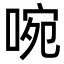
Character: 啘